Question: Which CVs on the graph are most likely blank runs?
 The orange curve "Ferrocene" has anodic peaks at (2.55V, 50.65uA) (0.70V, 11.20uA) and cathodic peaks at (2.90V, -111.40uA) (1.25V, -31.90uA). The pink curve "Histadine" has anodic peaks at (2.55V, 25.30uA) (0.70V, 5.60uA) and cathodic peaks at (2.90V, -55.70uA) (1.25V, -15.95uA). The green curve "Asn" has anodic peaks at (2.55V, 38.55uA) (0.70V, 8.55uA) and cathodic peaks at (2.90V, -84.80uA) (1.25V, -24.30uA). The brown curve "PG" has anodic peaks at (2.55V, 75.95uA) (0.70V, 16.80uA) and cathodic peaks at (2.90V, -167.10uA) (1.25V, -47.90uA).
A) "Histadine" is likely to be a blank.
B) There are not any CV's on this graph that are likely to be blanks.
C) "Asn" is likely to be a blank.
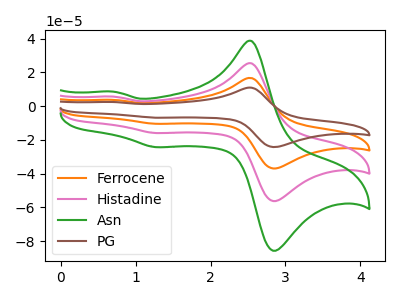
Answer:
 <answer>B) There are not any CV's on this graph that are likely to be blanks.</answer>
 <eval>B</eval>